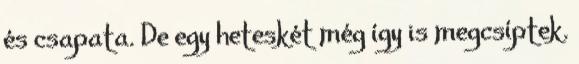
és csapata. De egy heteskét még így is megcsíptek.